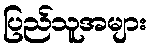
ပြည်သူအများ